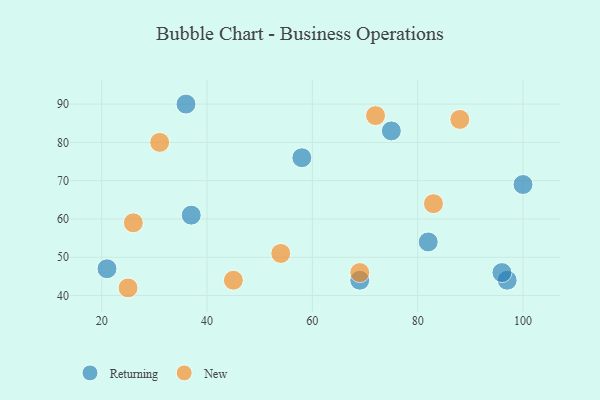
{"axis": {"x": "GDP", "y": "Life Expectancy"}, "legend": ["New", "Returning"], "data": [{"x": "75", "y": 83, "type": "Returning"}, {"x": "69", "y": 44, "type": "Returning"}, {"x": "37", "y": 61, "type": "Returning"}, {"x": "82", "y": 54, "type": "Returning"}, {"x": "36", "y": 90, "type": "Returning"}, {"x": "100", "y": 69, "type": "Returning"}, {"x": "21", "y": 47, "type": "Returning"}, {"x": "97", "y": 44, "type": "Returning"}, {"x": "58", "y": 76, "type": "Returning"}, {"x": "96", "y": 46, "type": "Returning"}, {"x": "26", "y": 59, "type": "New"}, {"x": "69", "y": 46, "type": "New"}, {"x": "45", "y": 44, "type": "New"}, {"x": "88", "y": 86, "type": "New"}, {"x": "25", "y": 42, "type": "New"}, {"x": "54", "y": 51, "type": "New"}, {"x": "31", "y": 80, "type": "New"}, {"x": "72", "y": 87, "type": "New"}, {"x": "83", "y": 64, "type": "New"}]}